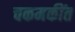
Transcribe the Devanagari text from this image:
चकमकींत